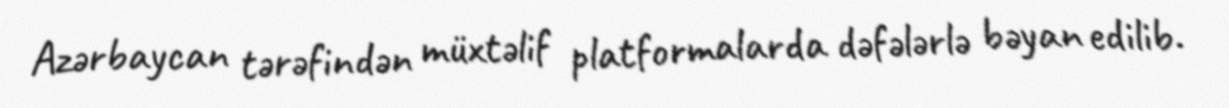
Azərbaycan tərəfindən müxtəlif platformalarda dəfələrlə bəyan edilib.